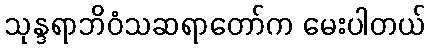
သုန္ဒရာဘိဝံသဆရာတော်က မေးပါတယ်